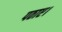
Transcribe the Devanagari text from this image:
पठाए।